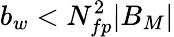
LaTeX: b_{w}<N_{fp}^{2}|B_{M}|